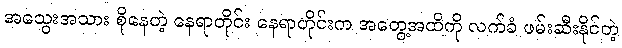
အသွေးအသား စိုနေတဲ့ နေရာတိုင်း နေရာတိုင်းက အတွေ့အထိကို လက်ခံ ဖမ်းဆီးနိုင်တဲ့